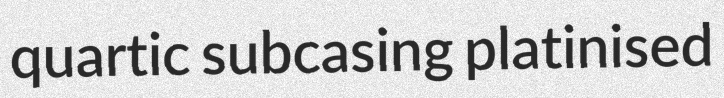
quartic subcasing platinised